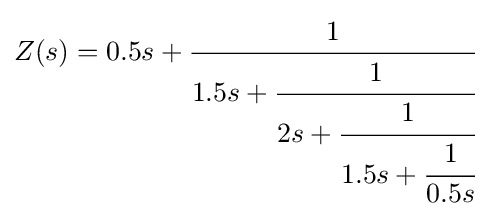
Z(s)=0.5s+{\cfrac {1}{1.5s+{\cfrac {1}{2s+{\cfrac {1}{1.5s+{\cfrac {1}{0.5s}}}}}}}}